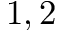
1 , 2